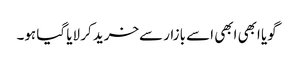
گویا ابھی ابھی اسے بازار سےخرید کر لایا گیا ہو۔